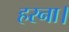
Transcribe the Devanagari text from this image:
हरना।